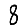
Digit: 8